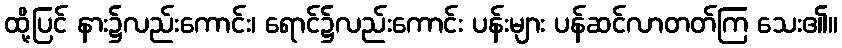
ထို့ပြင် နား၌လည်းကောင်း၊ ရောင်၌လည်းကောင်း ပန်းများ ပန်ဆင်လာတတ်ကြ သေး၏။